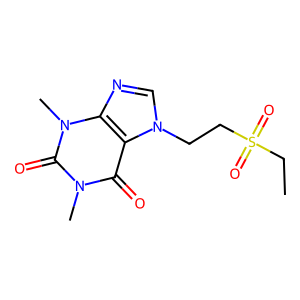
SMILES: CCS(=O)(=O)CCn1cnc2c1c(=O)n(C)c(=O)n2C
Inhibits HIV replication: No